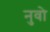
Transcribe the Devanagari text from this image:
नुवो